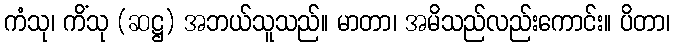
ကံသု၊ ကိံသု (ဆဋ္ဌ) အဘယ်သူသည်။ မာတာ၊ အမိသည်လည်းကောင်း။ ပိတာ၊